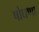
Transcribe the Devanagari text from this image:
षोघणा